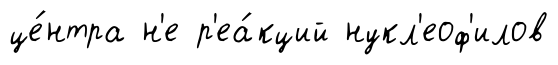
це́нтра н'е р'еа́кций нукл'еоф'илов